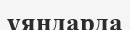
ұяңдарда